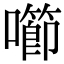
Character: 㘉